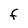
Character: F